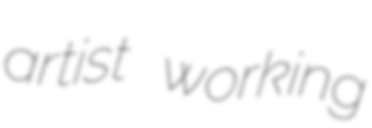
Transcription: artist working